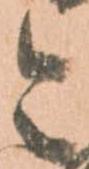
令